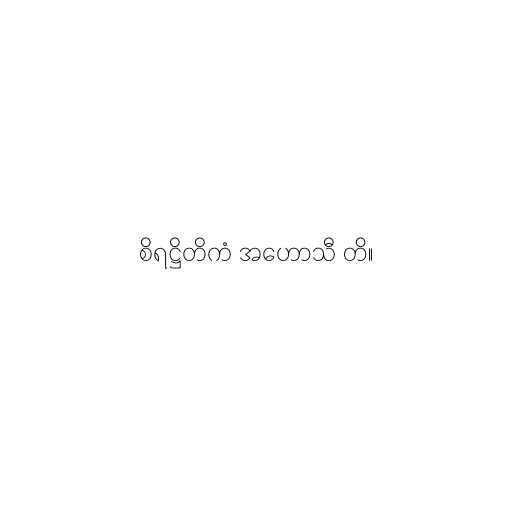
စိရဋ္ဌိတိကံ အဟောသီ တိ။